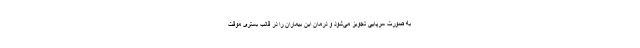
به صورت سرپایی تجویز می‌شود و درمان این بیماران را در قالب بستری موقت